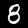
Digit: 8